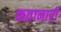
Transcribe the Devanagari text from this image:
कतानारी